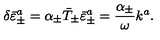
\delta \bar { \varepsilon } _ { \pm } ^ { a } = \alpha _ { \pm } \bar { T } _ { \pm } \bar { \varepsilon } _ { \pm } ^ { a } = \frac { \alpha _ { \pm } } { \omega } k ^ { a } .